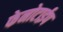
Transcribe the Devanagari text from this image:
फेनोटाईप